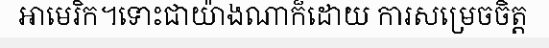
អាមេរិក។ទោះជាយ៉ាងណាក៏ដោយ ការសម្រេចចិត្ត